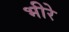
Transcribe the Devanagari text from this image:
भीरे